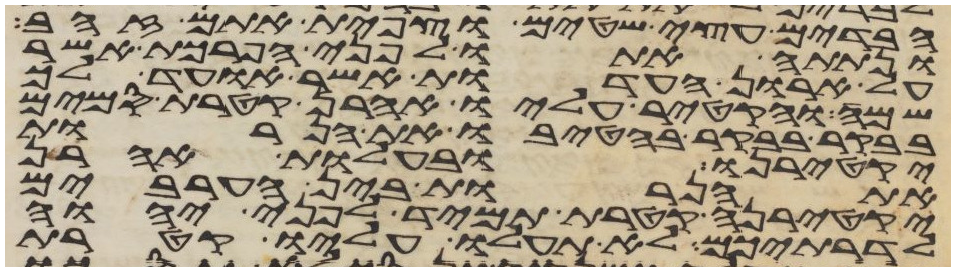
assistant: הבדים עצי שטים וצפית אתם זהב
ונתתה אתו לפני הפרכת אשר
על ארון העדות אשר אועד לך
שמה והקטיר עליו אהרן קטרת סמים
בבקר בבקר בהטיבו את הנרות
יקטירנו ובהעלות אהרן
את הנרות בין הערבים
יקטירנה קטרת תמיד לפני יהוה
לדרתיכם לא תעלו עליו קטרת